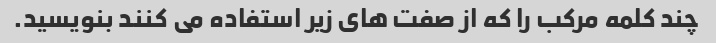
چند کلمه مرکب را که از صفت های زیر استفاده می کنند بنویسید.